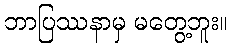
ဘာပြဿနာမှ မတွေ့ဘူး။